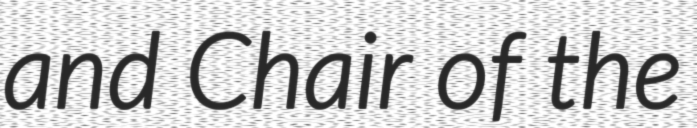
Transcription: and Chair of the